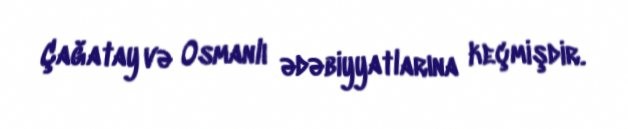
Çağatay və Osmanlı ədəbiyyatlarına keçmişdir.